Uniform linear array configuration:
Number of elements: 4
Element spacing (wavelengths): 0.75
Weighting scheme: blackman
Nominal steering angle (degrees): -45
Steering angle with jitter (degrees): -44.913
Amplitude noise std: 0.05
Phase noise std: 0.05

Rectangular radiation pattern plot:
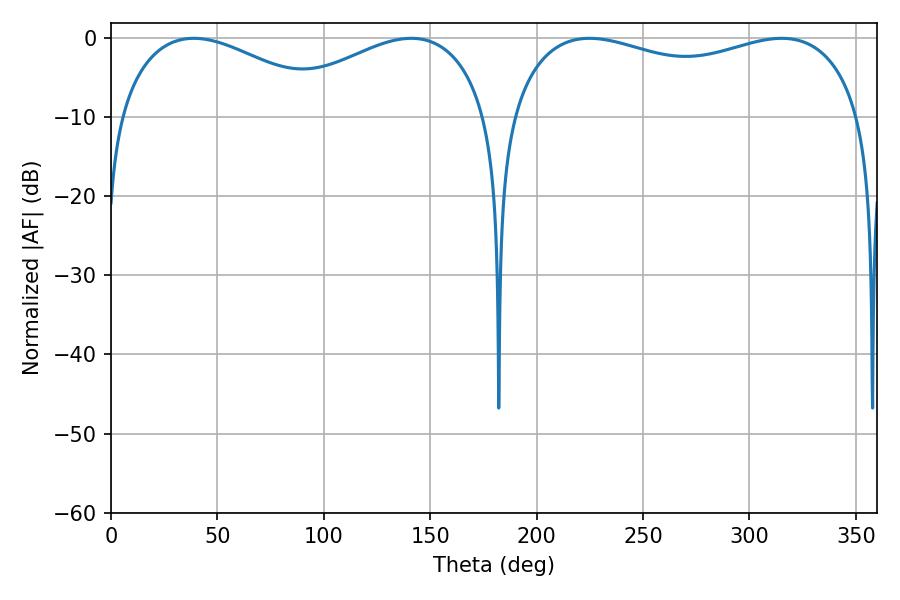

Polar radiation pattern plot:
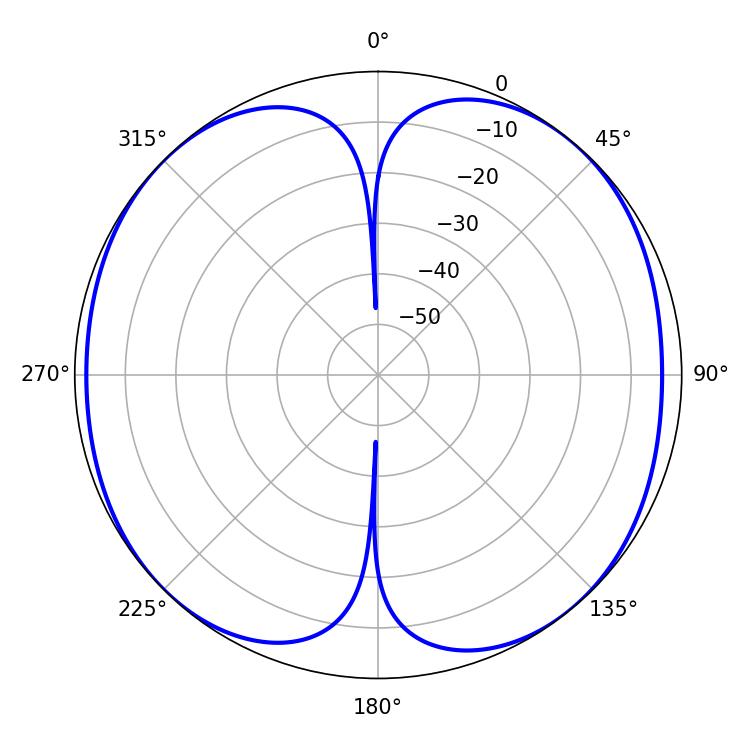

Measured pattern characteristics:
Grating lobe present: TRUE
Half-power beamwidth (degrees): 136.08
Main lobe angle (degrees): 224.82